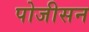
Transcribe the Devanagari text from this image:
पोजीसन